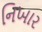
નિખાર